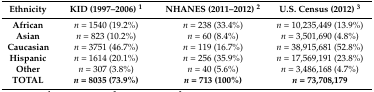
<table><thead><tr><td><b>Ethnicity</b></td><td><b>KID (1997–2006) <sup>1</sup></b></td><td><b>NHANES (2011–2012) <sup>2</sup></b></td><td><b>U.S. Census (2012) <sup>3</sup></b></td></tr></thead><tbody><tr><td><b>African</b></td><td><i>n</i> = 1540 (19.2%)</td><td><i>n</i> = 238 (33.4%)</td><td><i>n</i> = 10,235,449 (13.9%)</td></tr><tr><td><b>Asian</b></td><td><i>n</i> = 823 (10.2%)</td><td><i>n</i> = 60 (8.4%)</td><td><i>n</i> = 3,501,690 (4.8%)</td></tr><tr><td><b>Caucasian</b></td><td><i>n</i> = 3751 (46.7%)</td><td><i>n</i> = 119 (16.7%)</td><td><i>n</i> = 38,915,681 (52.8%)</td></tr><tr><td><b>Hispanic</b></td><td><i>n</i> = 1614 (20.1%)</td><td><i>n</i> = 256 (35.9%)</td><td><i>n</i> = 17,569,191 (23.8%)</td></tr><tr><td><b>Other</b></td><td><i>n</i> = 307 (3.8%)</td><td><i>n</i> = 40 (5.6%)</td><td><i>n</i> = 3,486,168 (4.7%)</td></tr><tr><td><b>TOTAL</b></td><td><b><i>n</i> = 8035 (73.9%)</b></td><td><b><i>n</i> = 713 (100%)</b></td><td><b><i>n</i> = 73,708,179</b></td></tr></tbody></table>